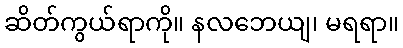
ဆိတ်ကွယ်ရာကို။ နလဘေယျ၊ မရရာ။